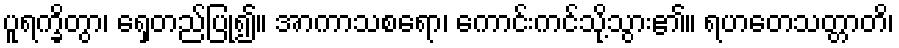
ပူရက္ခိတွာ၊ ရှေတည်ပြု၍။ အာကာသစရော၊ ကောင်းကင်သို့သွား၏။ ရဟတေသတ္တာတိ၊